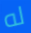
له